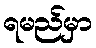
ရမည်မှာ